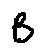
B